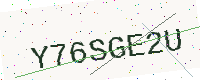
Text: Y76SGE2U